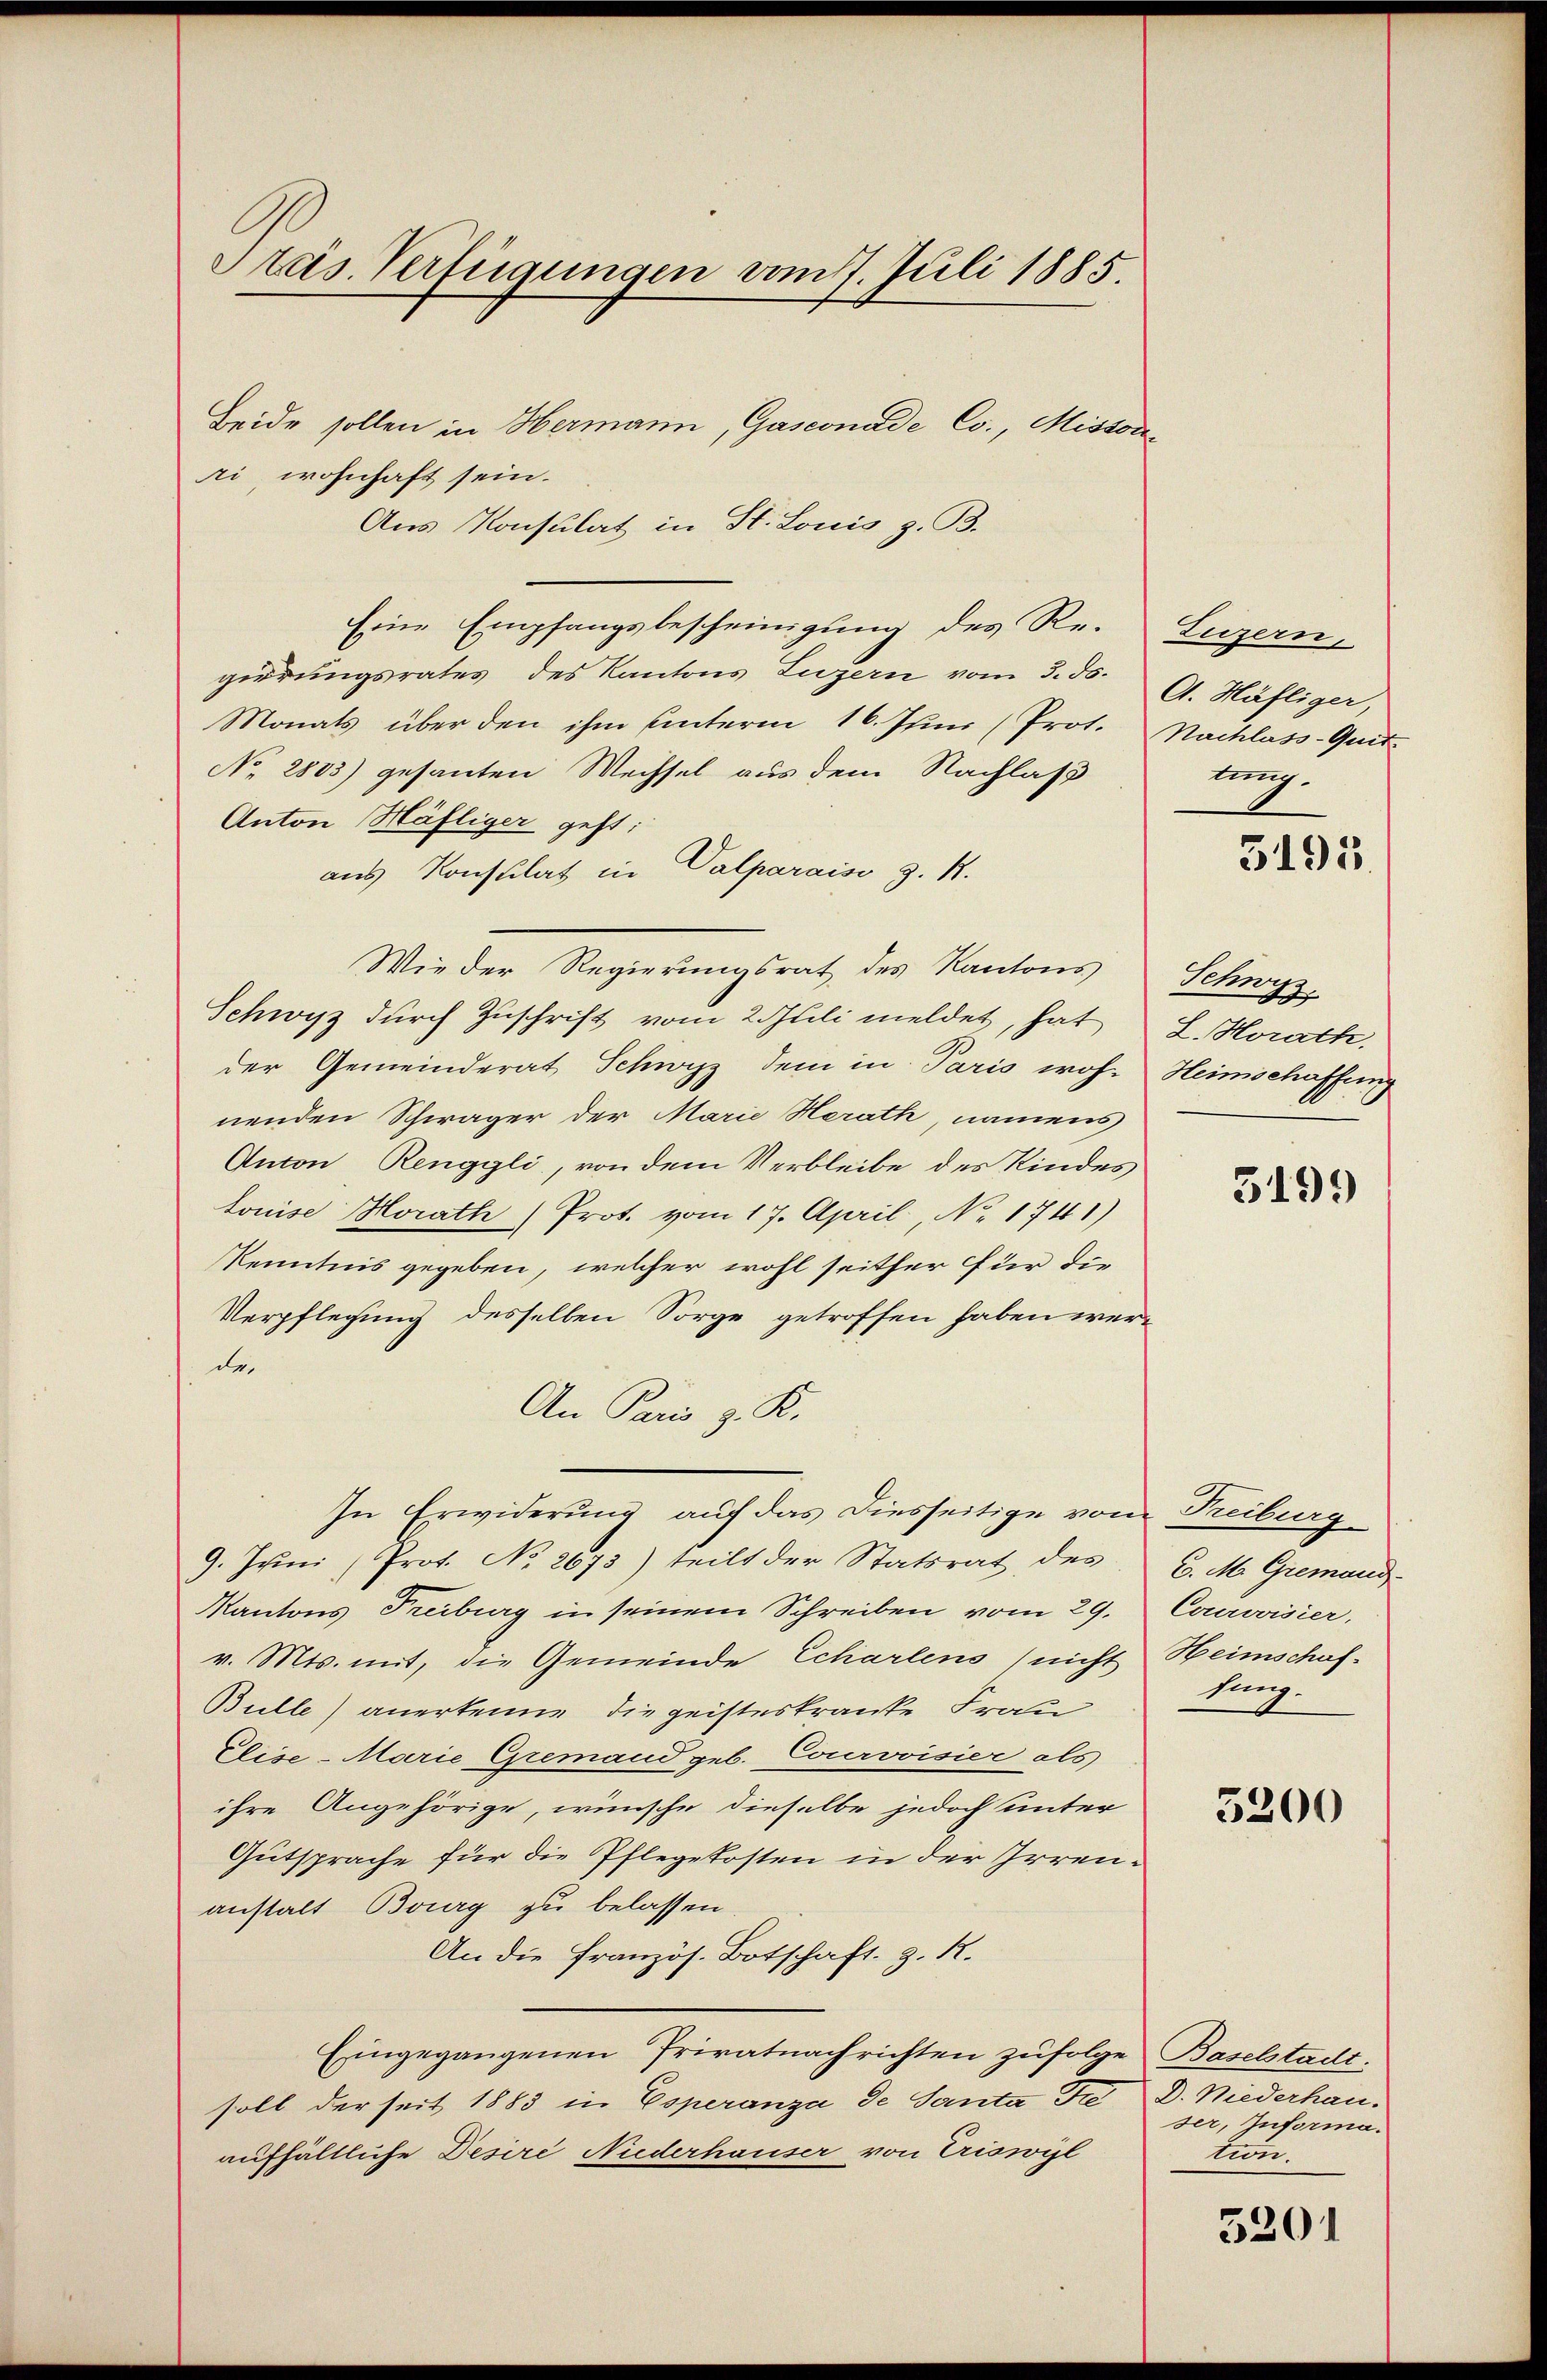
Präs. Verfügungen vom 17. Juli 1885.

Beide sollen in Hermann, Gasconade Co., Misson
ri, wohnhaft sein.
Aus Konsulat in St. Louis z. B.
Eine Empfangsbescheinigung des Re-
girrungsrates des Kantons Luzern vom 3. ds.
Monats über den ihm unterm 16. Juni (Prot.
No. 2803) gesanten Wechsel aus dem Nachlaß
Anton Häfliger geht:
aus Konsulat in Valparaiso z. B.
Wie der Regierungsrat des Kantons
Schwyz durch Zuschrift vom 2. Juli meldet, hat
der Gemeinderat Schwyz dem in Paris woh
nenden Schwäger der Marie Herath, namens
Anton Renggli, von dem Verbleibe des Kindes
Louise Horath Prot. vom 17. April, No. 1741)
Kenntnis gegeben, welcher wohl seither für die
Verpflegung desselben Sorge getroffen haben werde.
An Paris z. K.
In Erwiderung auf das diesseitige vom Treiburg
9. Juni, Prot. No. 2673) teilt der Statsrat des
Kantons Freiburg in seinem Schreiben vom 29.
v. Mts. mit, die Gemeinde Echartens nicht
Bulle) anerkenne die geisteskranke Frau
Elise-Marie Gremand geb. Courvoisier als
ihre Angehörige, wünsche dieselbe jedoch unter
Gutsprache für die Pflegekosten in der Irrenanstalt Bourg zu belassen
An die französ. Botschaft, z. R.
Eingegangenen Privatnachrichten zufolge Baselstadt.
soll der seit 1883 in Coperanza de Santa die D. Niederhauaufhältliche Desire Niederhauser von Criswyl

Luzern,
A. Häfliger,
Nachlass-Quit
nig.

5195.

Schwyz.
L. Horath.
Heimschaffung

5199

C. M. Gremand.
Courovisier,
Heimschaf
bung.

3200

ser, Informa.
tion.

5201